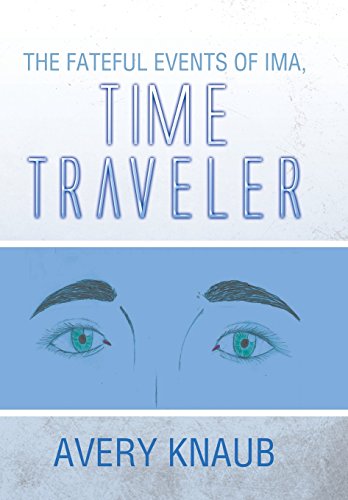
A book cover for The Fateful Events of Ima, Time Traveler; Avery Knaub; Romance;